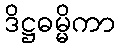
ဒိဋ္ဌဓမ္မိကာ